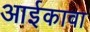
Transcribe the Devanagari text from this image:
आईकावा